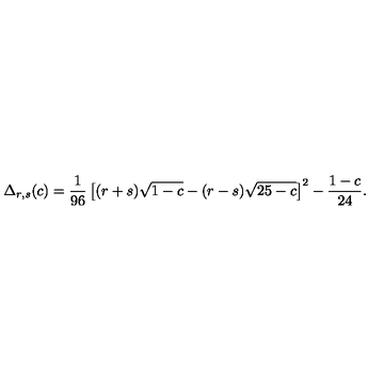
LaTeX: \Delta _ { r , s } ( c ) = \frac { 1 } { 9 6 } \left[ ( r + s ) \sqrt { 1 - c } - ( r - s ) \sqrt { 2 5 - c } \right] ^ { 2 } - \frac { 1 - c } { 2 4 } .